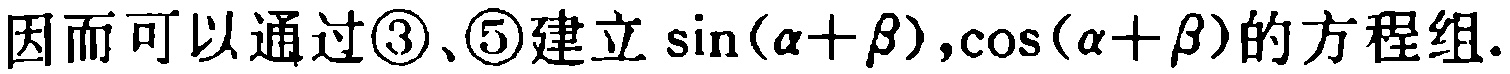
因而可以通过\textcircled{3}、\textcircled{5}建立\(\sin(\alpha+\beta),\cos(\alpha + \beta)\)的方程组.